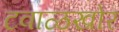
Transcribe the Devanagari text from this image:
टवाळखोर